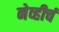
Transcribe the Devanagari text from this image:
नेव्हीचं